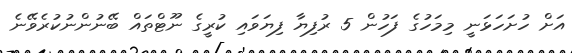
އަށް ހުށަހަޅަނީ މިމަހުގެ ފަހުން 5 ރުފިޔާ ފިޔަވައި ކުރީގެ ނޫޓްތައް ބޭނުންނުކުރެވޭނެ